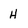
Character: H